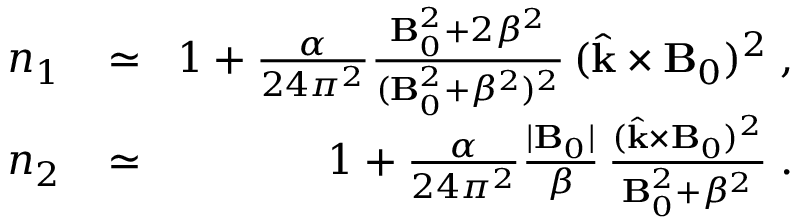
\begin{array} { r l r } { n _ { 1 } \! } & { { } \simeq } & { \! 1 + \frac { \alpha } { 2 4 \pi ^ { 2 } } \frac { { \bf B } _ { 0 } ^ { 2 } + 2 \beta ^ { 2 } } { ( { \bf B } _ { 0 } ^ { 2 } + \beta ^ { 2 } ) ^ { 2 } } \, ( \hat { { \bf k } } \times { \bf B } _ { 0 } ) ^ { 2 } \; , } \\ { n _ { 2 } \! } & { { } \simeq } & { \! 1 + \frac { \alpha } { 2 4 \pi ^ { 2 } } \frac { | { \bf B } _ { 0 } | } { \beta } \, \frac { ( \hat { { \bf k } } \times { \bf B } _ { 0 } ) ^ { 2 } } { { \bf B } _ { 0 } ^ { 2 } + \beta ^ { 2 } } \; . } \end{array}